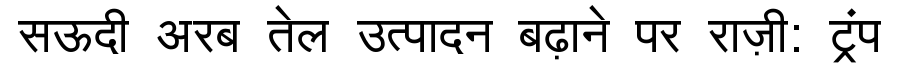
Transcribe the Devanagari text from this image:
सऊदी अरब तेल उत्पादन बढ़ाने पर राज़ी: ट्रंप